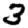
Digit: 3